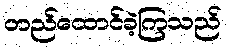
တည်ထောင်ခဲ့ကြသည်